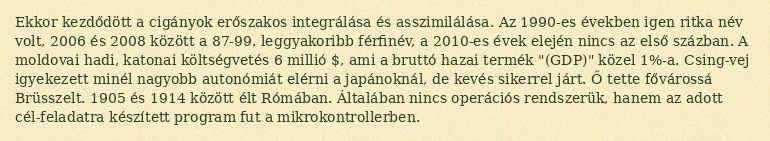
Ekkor kezdődött a cigányok erőszakos integrálása és asszimilálása. Az 1990-es években igen ritka név volt, 2006 és 2008 között a 87-99. leggyakoribb férfinév, a 2010-es évek elején nincs az első százban. A moldovai hadi, katonai költségvetés 6 millió $, ami a bruttó hazai termék "(GDP)" közel 1%-a. Csing-vej igyekezett minél nagyobb autonómiát elérni a japánoknál, de kevés sikerrel járt. Ő tette fővárossá Brüsszelt. 1905 és 1914 között élt Rómában. Általában nincs operációs rendszerük, hanem az adott cél-feladatra készített program fut a mikrokontrollerben.